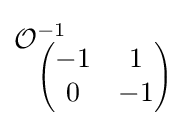
{\mathcal {O}}_{\begin{pmatrix}-1&1\\0&-1\end{pmatrix}}^{-1}